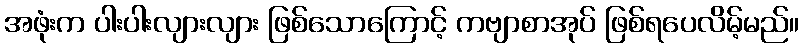
အဖုံးက ပါးပါးလျားလျား ဖြစ်သောကြောင့် ကဗျာစာအုပ် ဖြစ်ရပေလိမ့်မည်။